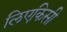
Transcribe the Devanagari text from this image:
लिएकिसी